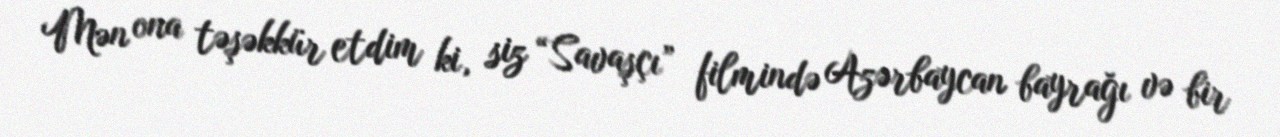
Mən ona təşəkkür etdim ki, siz “Savaşçı” filmində Azərbaycan bayrağı və bir